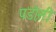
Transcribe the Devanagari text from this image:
पडो़सी